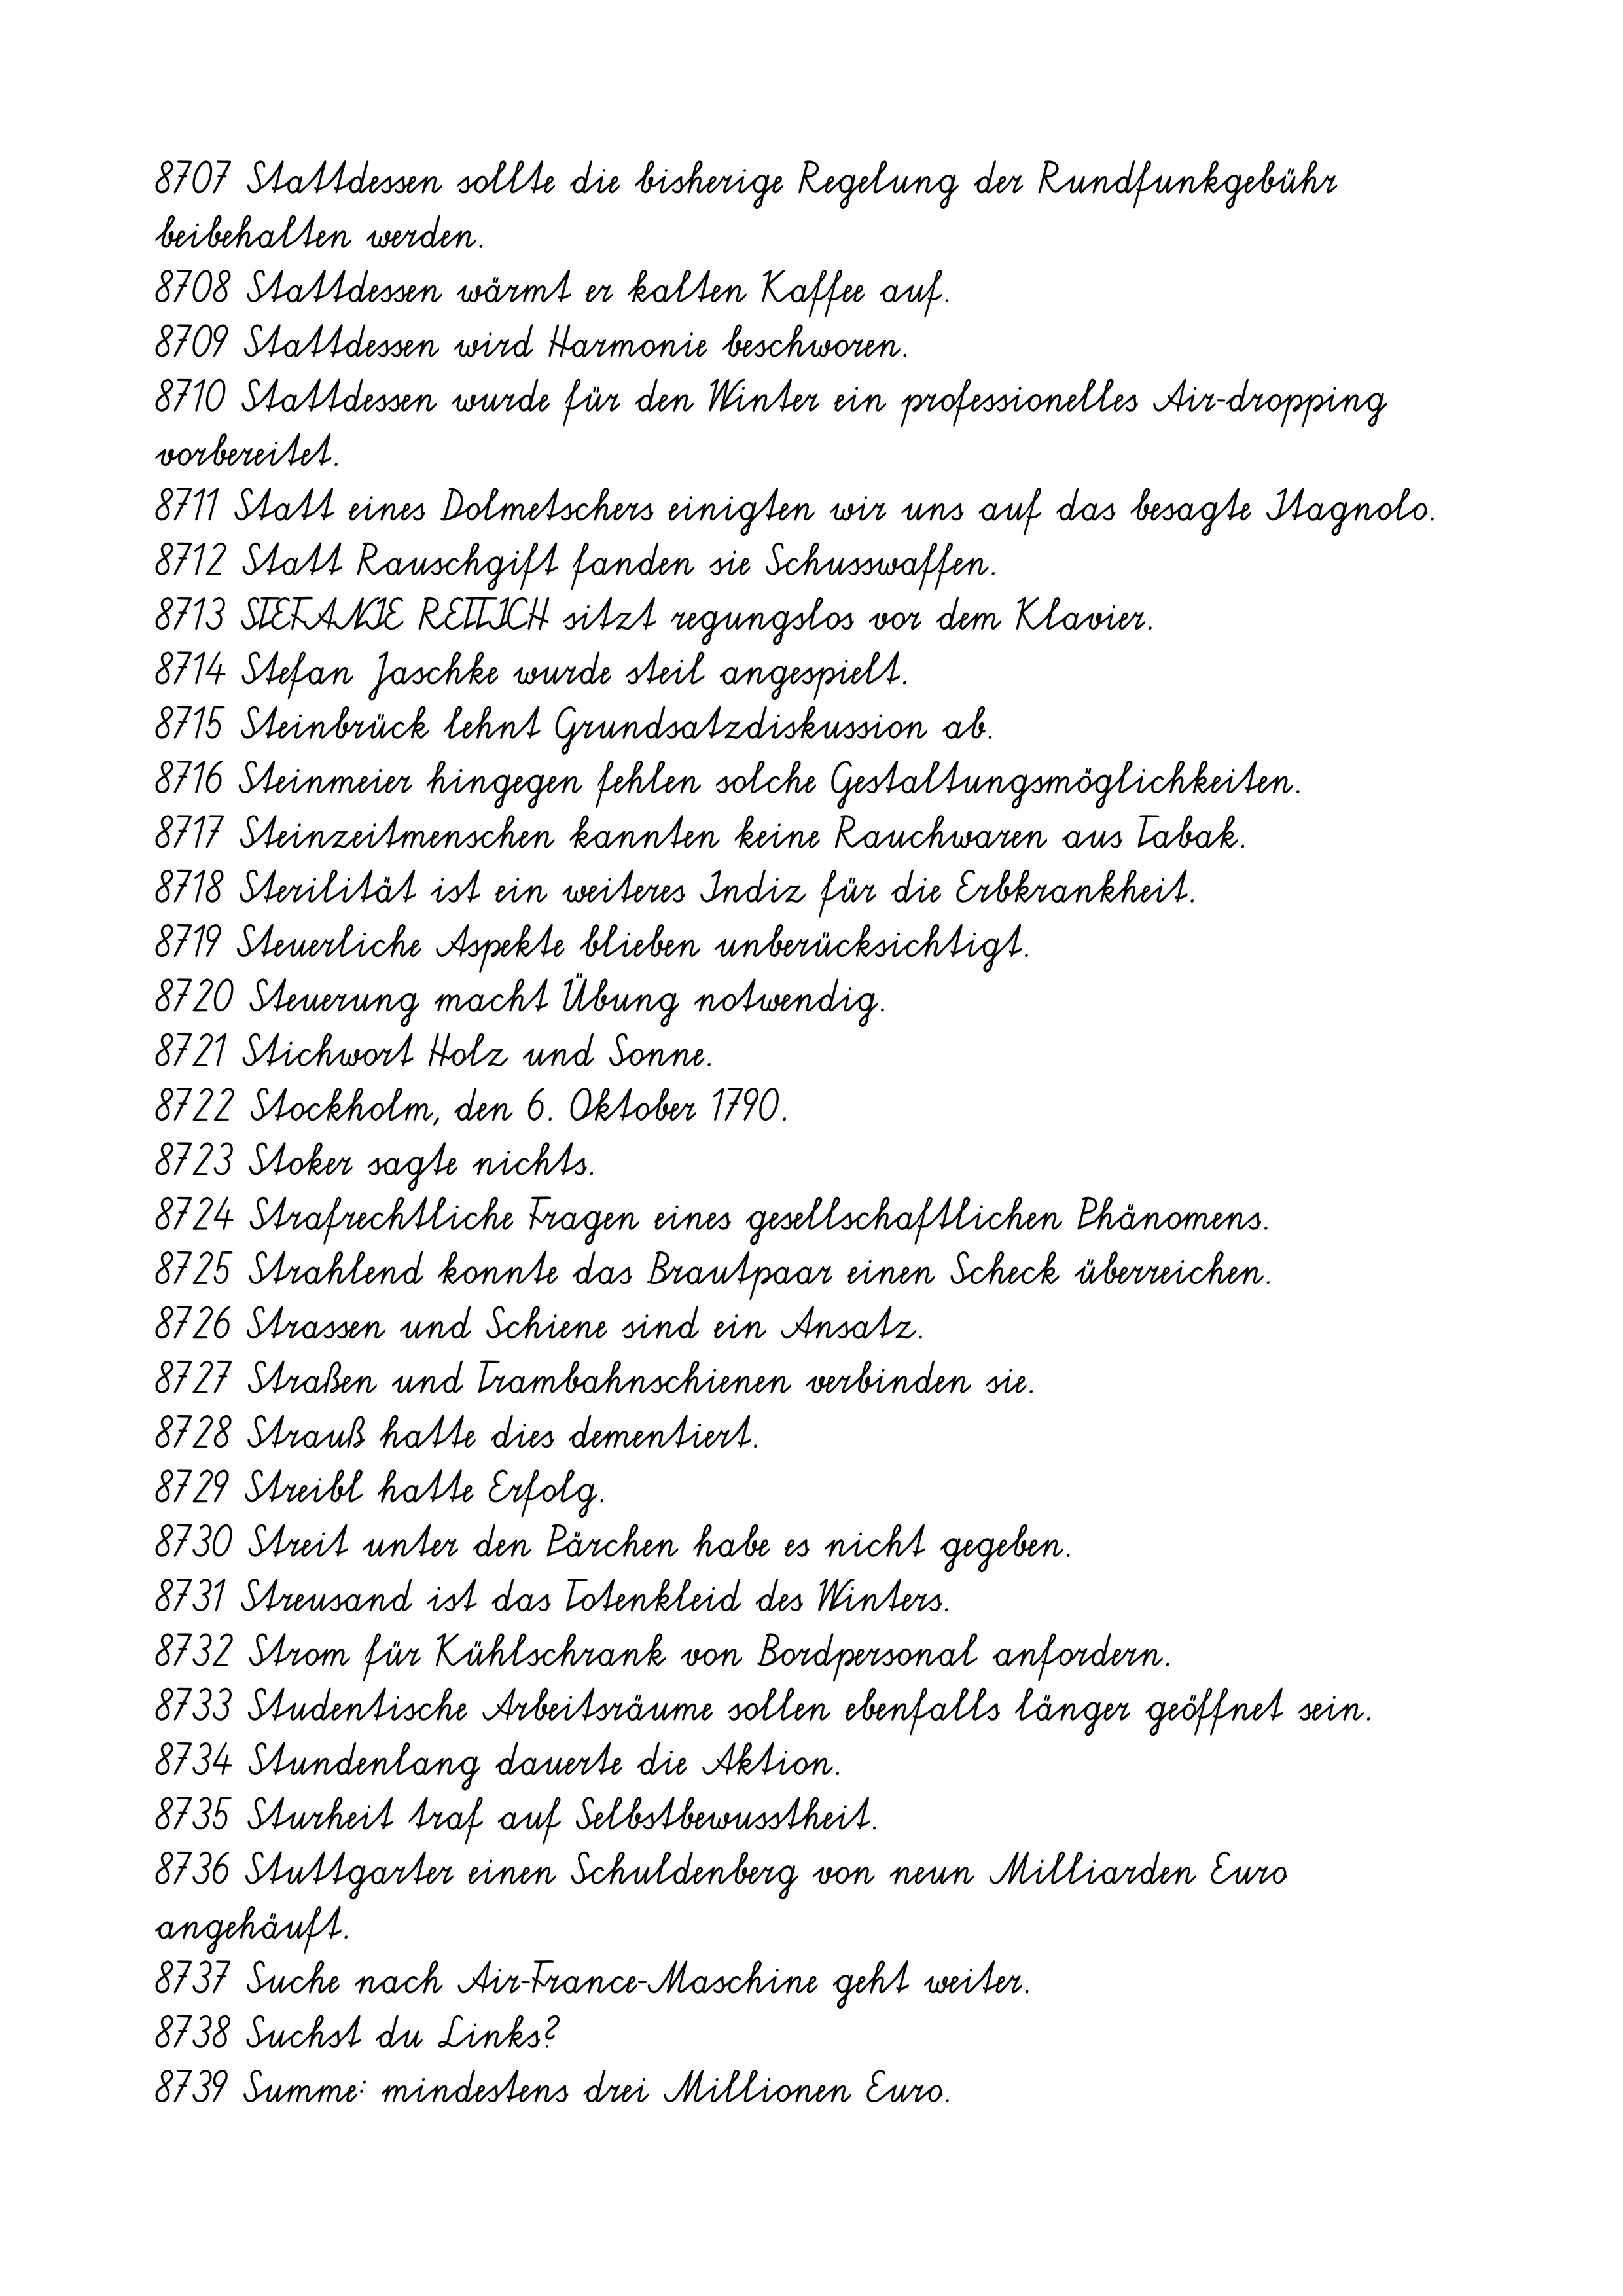
8707 Stattdessen sollte die bisherige Regelung der Rundfunkgebühr
beibehalten werden.
8708 Stattdessen wärmt er kalten Kaffee auf.
8709 Stattdessen wird Harmonie beschworen.
8710 Stattdessen wurde für den Winter ein professionelles Air-dropping
vorbereitet.
8711 Statt eines Dolmetschers einigten wir uns auf das besagte Itagnolo.
8712 Statt Rauschgift fanden sie Schusswaffen.
8713 STEFANIE RETTICH sitzt regungslos vor dem Klavier.
8714 Stefan Jaschke wurde steil angespielt.
8715 Steinbrück lehnt Grundsatzdiskussion ab.
8716 Steinmeier hingegen fehlen solche Gestaltungsmöglichkeiten.
8717 Steinzeitmenschen kannten keine Rauchwaren aus Tabak.
8718 Sterilität ist ein weiteres Indiz für die Erbkrankheit.
8719 Steuerliche Aspekte blieben unberücksichtigt.
8720 Steuerung macht Übung notwendig.
8721 Stichwort Holz und Sonne.
8722 Stockholm, den 6. Oktober 1790.
8723 Stoker sagte nichts.
8724 Strafrechtliche Fragen eines gesellschaftlichen Phänomens.
8725 Strahlend konnte das Brautpaar einen Scheck überreichen.
8726 Strassen und Schiene sind ein Ansatz.
8727 Straßen und Trambahnschienen verbinden sie.
8728 Strauß hatte dies dementiert.
8729 Streibl hatte Erfolg.
8730 Streit unter den Pärchen habe es nicht gegeben.
8731 Streusand ist das Totenkleid des Winters.
8732 Strom für Kühlschrank von Bordpersonal anfordern.
8733 Studentische Arbeitsräume sollen ebenfalls länger geöffnet sein.
8734 Stundenlang dauerte die Aktion.
8735 Sturheit traf auf Selbstbewusstheit.
8736 Stuttgarter einen Schuldenberg von neun Milliarden Euro
angehäuft.
8737 Suche nach Air-France-Maschine geht weiter.
8738 Suchst du Links?
8739 Summe: mindestens drei Millionen Euro.